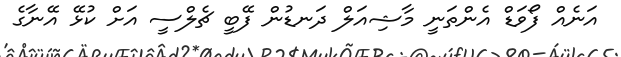
އަނެއް ފޯވަޑް އެންތަނީ މާޝިއަލް ދަނޑުން ފޭބީ ޗެލްސީ އަށް ކުޅޭ އޭނާގެ